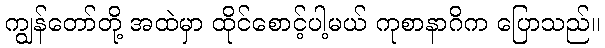
ကျွန်တော်တို့ အထဲမှာ ထိုင်စောင့်ပါ့မယ် ကုစာနာဂိက ပြောသည်။